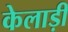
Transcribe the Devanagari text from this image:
केलाड़ी